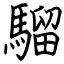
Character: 騮